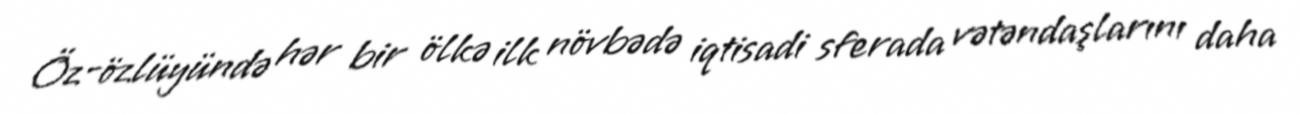
Öz-özlüyündə hər bir ölkə ilk növbədə iqtisadi sferada vətəndaşlarını daha